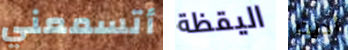
أتسمعني اليقظة أديت